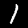
Label: 1